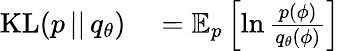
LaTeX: \begin{array}{rl}{\textrm{KL}(p\, ||\, q_{\theta})}&{{}=\mathbb{E}_{p}\left[\ln\frac{p(\phi)}{q_{\theta}(\phi)}\right]}\end{array}